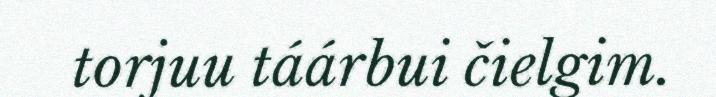
torjuu táárbui čielgim.